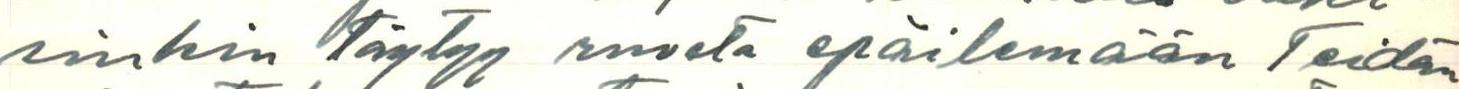
sinkin täytyy ruveta epäilemään Teidän